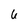
Character: 6